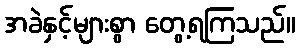
အခဲနှင့်များစွာ တွေ့ရကြသည်။